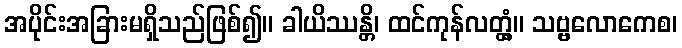
အပိုင်းအခြားမရှိသည်ဖြစ်၍။ ခါယိဿန္တိ၊ ထင်ကုန်လတ္တံ့။ သဗ္ဗလောကေစ၊